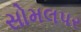
સોમલપર